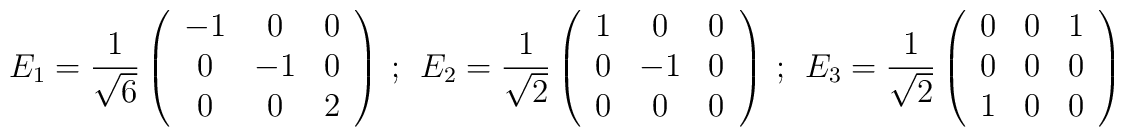
E_1=\frac{1}{\sqrt{6}}\left(\begin{array}{ccc} -1&0&0\\ 0&-1&0\\ 0&0&2\end{array}\right)~;~~E_2=\frac{1}{\sqrt{2}}\left(\begin{array}{ccc} 1&0&0\\ 0&-1&0\\0&0&0\end{array}\right)~;~~E_3=\frac{1}{\sqrt{2}}\left(\begin{array}{ccc} 0&0&1\\ 0&0&0\\1&0&0\end{array}\right)